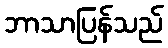
ဘာသာပြန်သည်